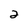
Character: 2